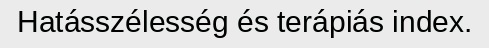
Hatásszélesség és terápiás index.